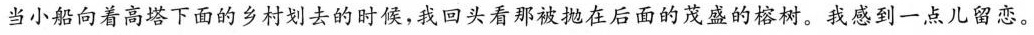
当小船向着高塔下面的乡村划去的时候，我回头看那被抛在后面的茂盛的榕树。我感到一点儿留恋。